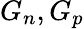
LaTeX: G_{n},G_{p}